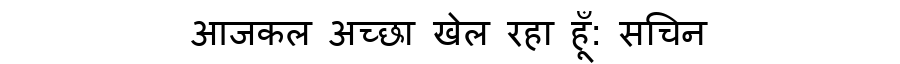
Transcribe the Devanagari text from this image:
आजकल अच्छा खेल रहा हूँ: सचिन